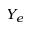
Y _ { e }